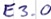
Text: E3.0